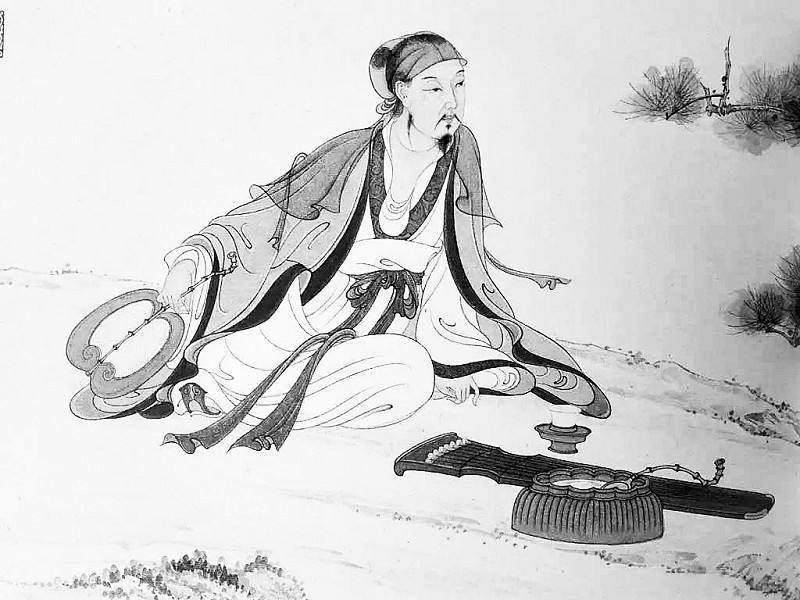
坐到三更尽，归仍万里赊。